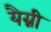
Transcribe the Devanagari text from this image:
यैग्नी